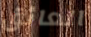
العائق